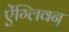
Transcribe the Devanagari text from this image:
ऐंग्लिवन्